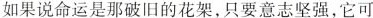
如果说命运是那破旧的花架，只要意志坚强，它可